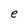
Character: e